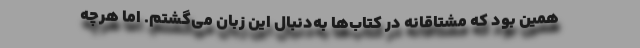
همین بود که مشتاقانه در کتاب‌ها به‌دنبال این زبان می‌گشتم. اما هرچه